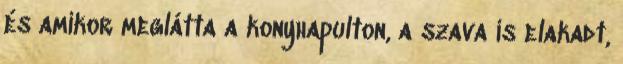
és amikor meglátta a konyhapulton, a szava is elakadt,